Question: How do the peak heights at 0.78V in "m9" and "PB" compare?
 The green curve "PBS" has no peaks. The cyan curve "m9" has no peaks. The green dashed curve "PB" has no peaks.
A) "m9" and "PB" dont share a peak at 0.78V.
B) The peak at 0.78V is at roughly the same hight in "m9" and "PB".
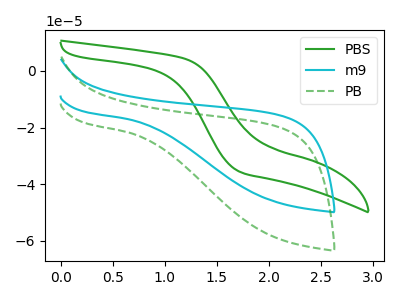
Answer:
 <answer>A) "m9" and "PB" dont share a peak at 0.78V.</answer>
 <eval>A</eval>